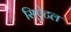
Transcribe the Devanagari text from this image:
सिऐटल